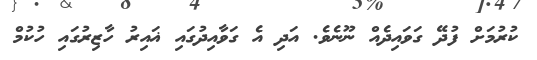
ކުރުމަށް ފުދޭ ގަވައިދެއް ނޫނެވެ. އަދި އެ ގަވާއިދުގައި ޣައިރު ހާޒިރުގައި ހުކުމް